Vaccination in Bombay 1924-1928 - 1924-1928
Year: 1924
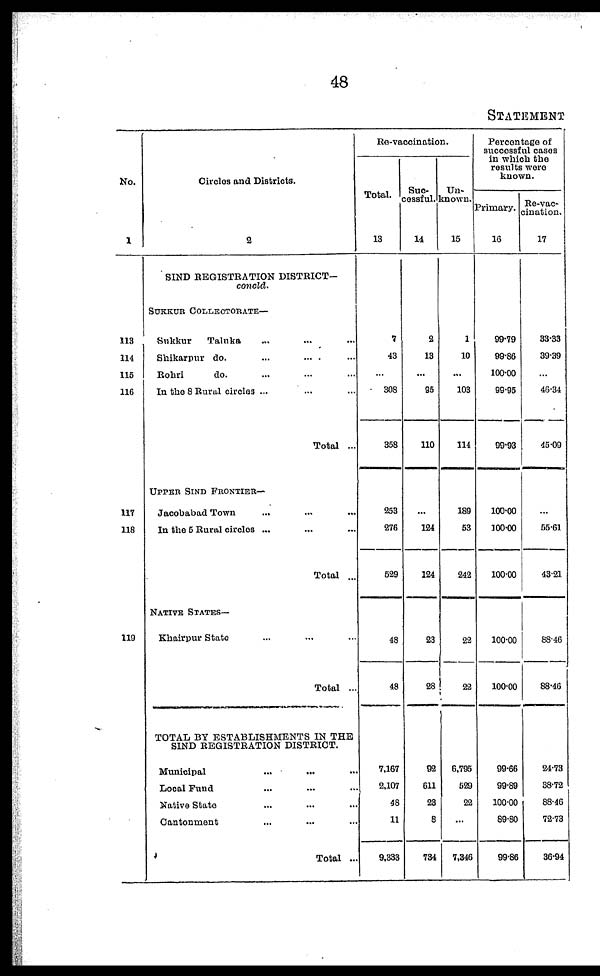
48
STATEMENT
No.
1
113
114
115
116
117
118
119
Circles and Districts.
2
SIND REGISTRATION DISTRICT—
concld.
SUKKUR COLLECTORATE—
Sukkur
Taluka ... ... ...
Shikarpur do. ... ... ...
Rohri
do. ... ... ...
In the 8 Rural circles ... ... ...
Total ...
UPPER SIND FRONTIER—
Jacobabad Town ... ... ...
In the 5 Rural circles ... ... ...
Total ...
NATIVE STATES—
Khairpur State ... ... ...
Total ...
TOTAL BY ESTABLISHMENTS IN THE
SIND REGISTRATION DISTRICT.
Municipal ... ... ...
Local Fund ... ... ...
Native State ... ... ...
Cantonment ... ... ...
Total ...
Re-vaccination.
Total.
13
7
43
...
308
358
253
276
529
48
48
7,167
2,107
48
11
9,333
Suc-
cessful.
14
2
13
...
95
110
...
124
124
23
28
92
611
23
8
734
Un-
known.
15
1
10
...
103
114
189
53
242
22
22
6,795
529
22
...
7,346
Percentage of
successful cases
in which the
results were
known.
Primary.
16
99.79
99.86
100.00
99.95
99.93
100.00
100.00
100.00
100.00
100.00
99.66
99.89
100.00
89.80
99.86
Re-vac-
cination.
17
33.33
39.39
...
46.34
45.09
...
55.61
43.21
88.46
88.46
24.73
38.72
88.46
72.73
36.94